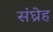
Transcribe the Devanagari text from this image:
संघ्रेह